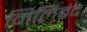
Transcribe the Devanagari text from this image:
मिलिबंद